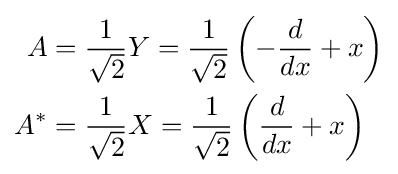
{\begin{aligned}A&={1 \over {\sqrt {2}}}Y={1 \over {\sqrt {2}}}\left(-{d \over dx}+x\right)\\A^{*}&={1 \over {\sqrt {2}}}X={1 \over {\sqrt {2}}}\left({d \over dx}+x\right)\end{aligned}}